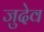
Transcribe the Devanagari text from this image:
जुदेव